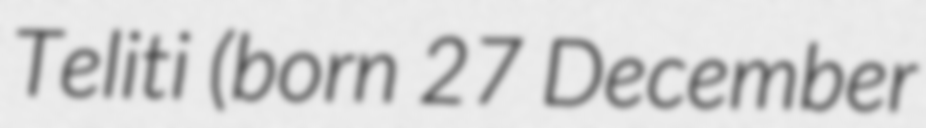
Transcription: Teliti (born 27 December